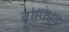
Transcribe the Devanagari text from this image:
राफिकि